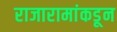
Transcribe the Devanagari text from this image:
राजारामांकडून